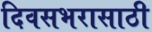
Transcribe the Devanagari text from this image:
दिवसभरासाठी